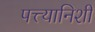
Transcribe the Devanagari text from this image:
पत्त्यानिशी